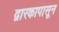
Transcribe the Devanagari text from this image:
द्वारकापासून